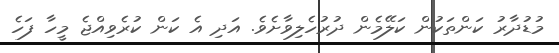
މުޑުދާރު ކަންތަކުން ކަލޭމެން ދުރުހެލިވާށެވެ. އަދި އެ ކަން ކުރެވިއްޖެ މީހާ ފަހެ